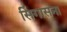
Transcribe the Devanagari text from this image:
सिंगासना